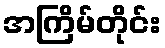
အကြိမ်တိုင်း